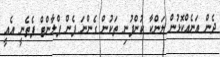
ދެން އަނެއްކޮޅުން ލަންކާ ކުންފުނި ތަކުން ގެންނަ ފެން ޕްލާންޓް ފެތެނީ އެއީ